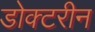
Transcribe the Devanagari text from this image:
डोक्टरीन